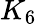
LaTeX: K_{6}